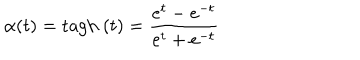
\alpha ( t ) = \mathrm { t a g h } \ ( t ) = \frac { e ^ { t } - e ^ { - t } } { e ^ { t } + e ^ { - t } }